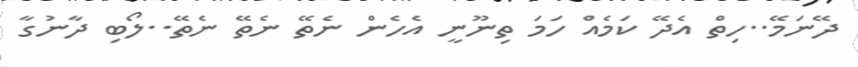
ދޭނަމޭ..ހިތް އެދޭ ކަމެއް ހަމަ ތިނޫނީ އެހެން ނެތޭ ނެތޭ ނެތޭ..ލޯބި ދާނުގާ